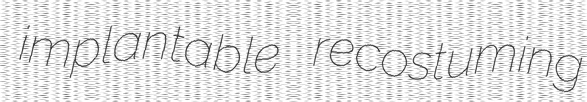
implantable recostuming